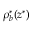
\rho _ { b } ^ { * } ( z ^ { * } )